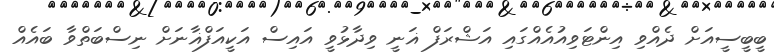
ބީބީސީއަށް ދެއްވި އިންޓަވިއުއެއްގައި އަޝްރަފް ޣަނީ ވިދާޅުވީ އައިސް އަކީއަފްޣާނަށް ނިސްބަތްވާ ބައެއް